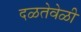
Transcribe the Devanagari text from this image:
दळतेवेळी